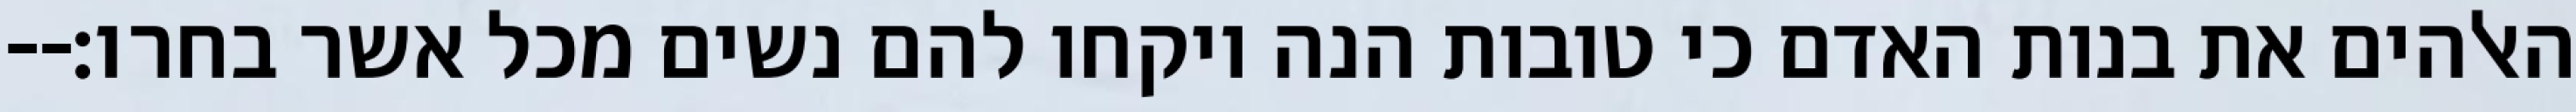
האלהים את בנות האדם כי טובות הנה ויקחו להם נשים מכל אשר בחרו׃--